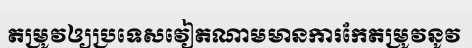
តម្រូវឲ្យប្រទេសវៀតណាមមានការកែតម្រូវនូវ